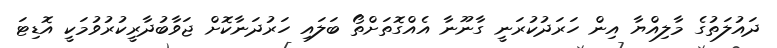
ދައުލަތުގެ މާލިއްޔާ އިން ހަރަދުކުރަނީ ގާނޫނާ އެއްގޮތަށްތޯ ބަލައި ހަރުދަނާކޮށް ޖަވާބުދާރީކުރުވުމަކީ އޮޑިޓަ